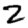
Digit: 2